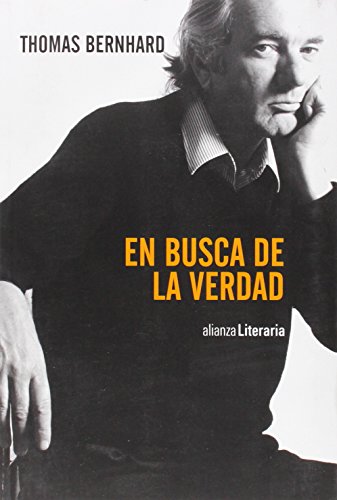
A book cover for En busca de la verdad / In search of truth: Discursos, Cartas De Lector, Entrevistas, ArtÃ­culos / Speeches, Reader Letters, Interviews, Articles (Spanish Edition); Thomas Bernhard; Literature & Fiction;